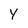
Character: Y